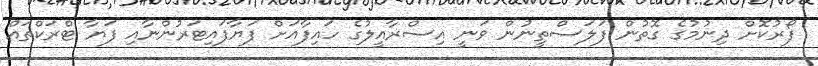
ފޯރުކޮށް ދިނުމުގެ ގޮތުން ފަލަސްތީނުން ވަނީ އިސްރާއީލުގެ ހައިފާއަށް ފަޔާފައިޓަރުންނާއި ފަޔާ ޓްރަކްތައް